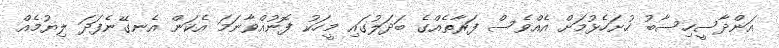
އަންދާސީހިސާބު ހުށަހެޅުމަށް އެއްވެސް ފަރާތެއްގެ ބަދަލުގައި މީހަކު ފޮނުއްވާނަމަ އެކަން އެނގޭނެފަދަ ލިޔުމެއް